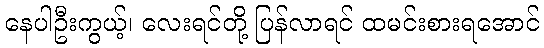
နေပါဦးကွယ့်၊ လေးရင်တို့ ပြန်လာရင် ထမင်းစားရအောင်